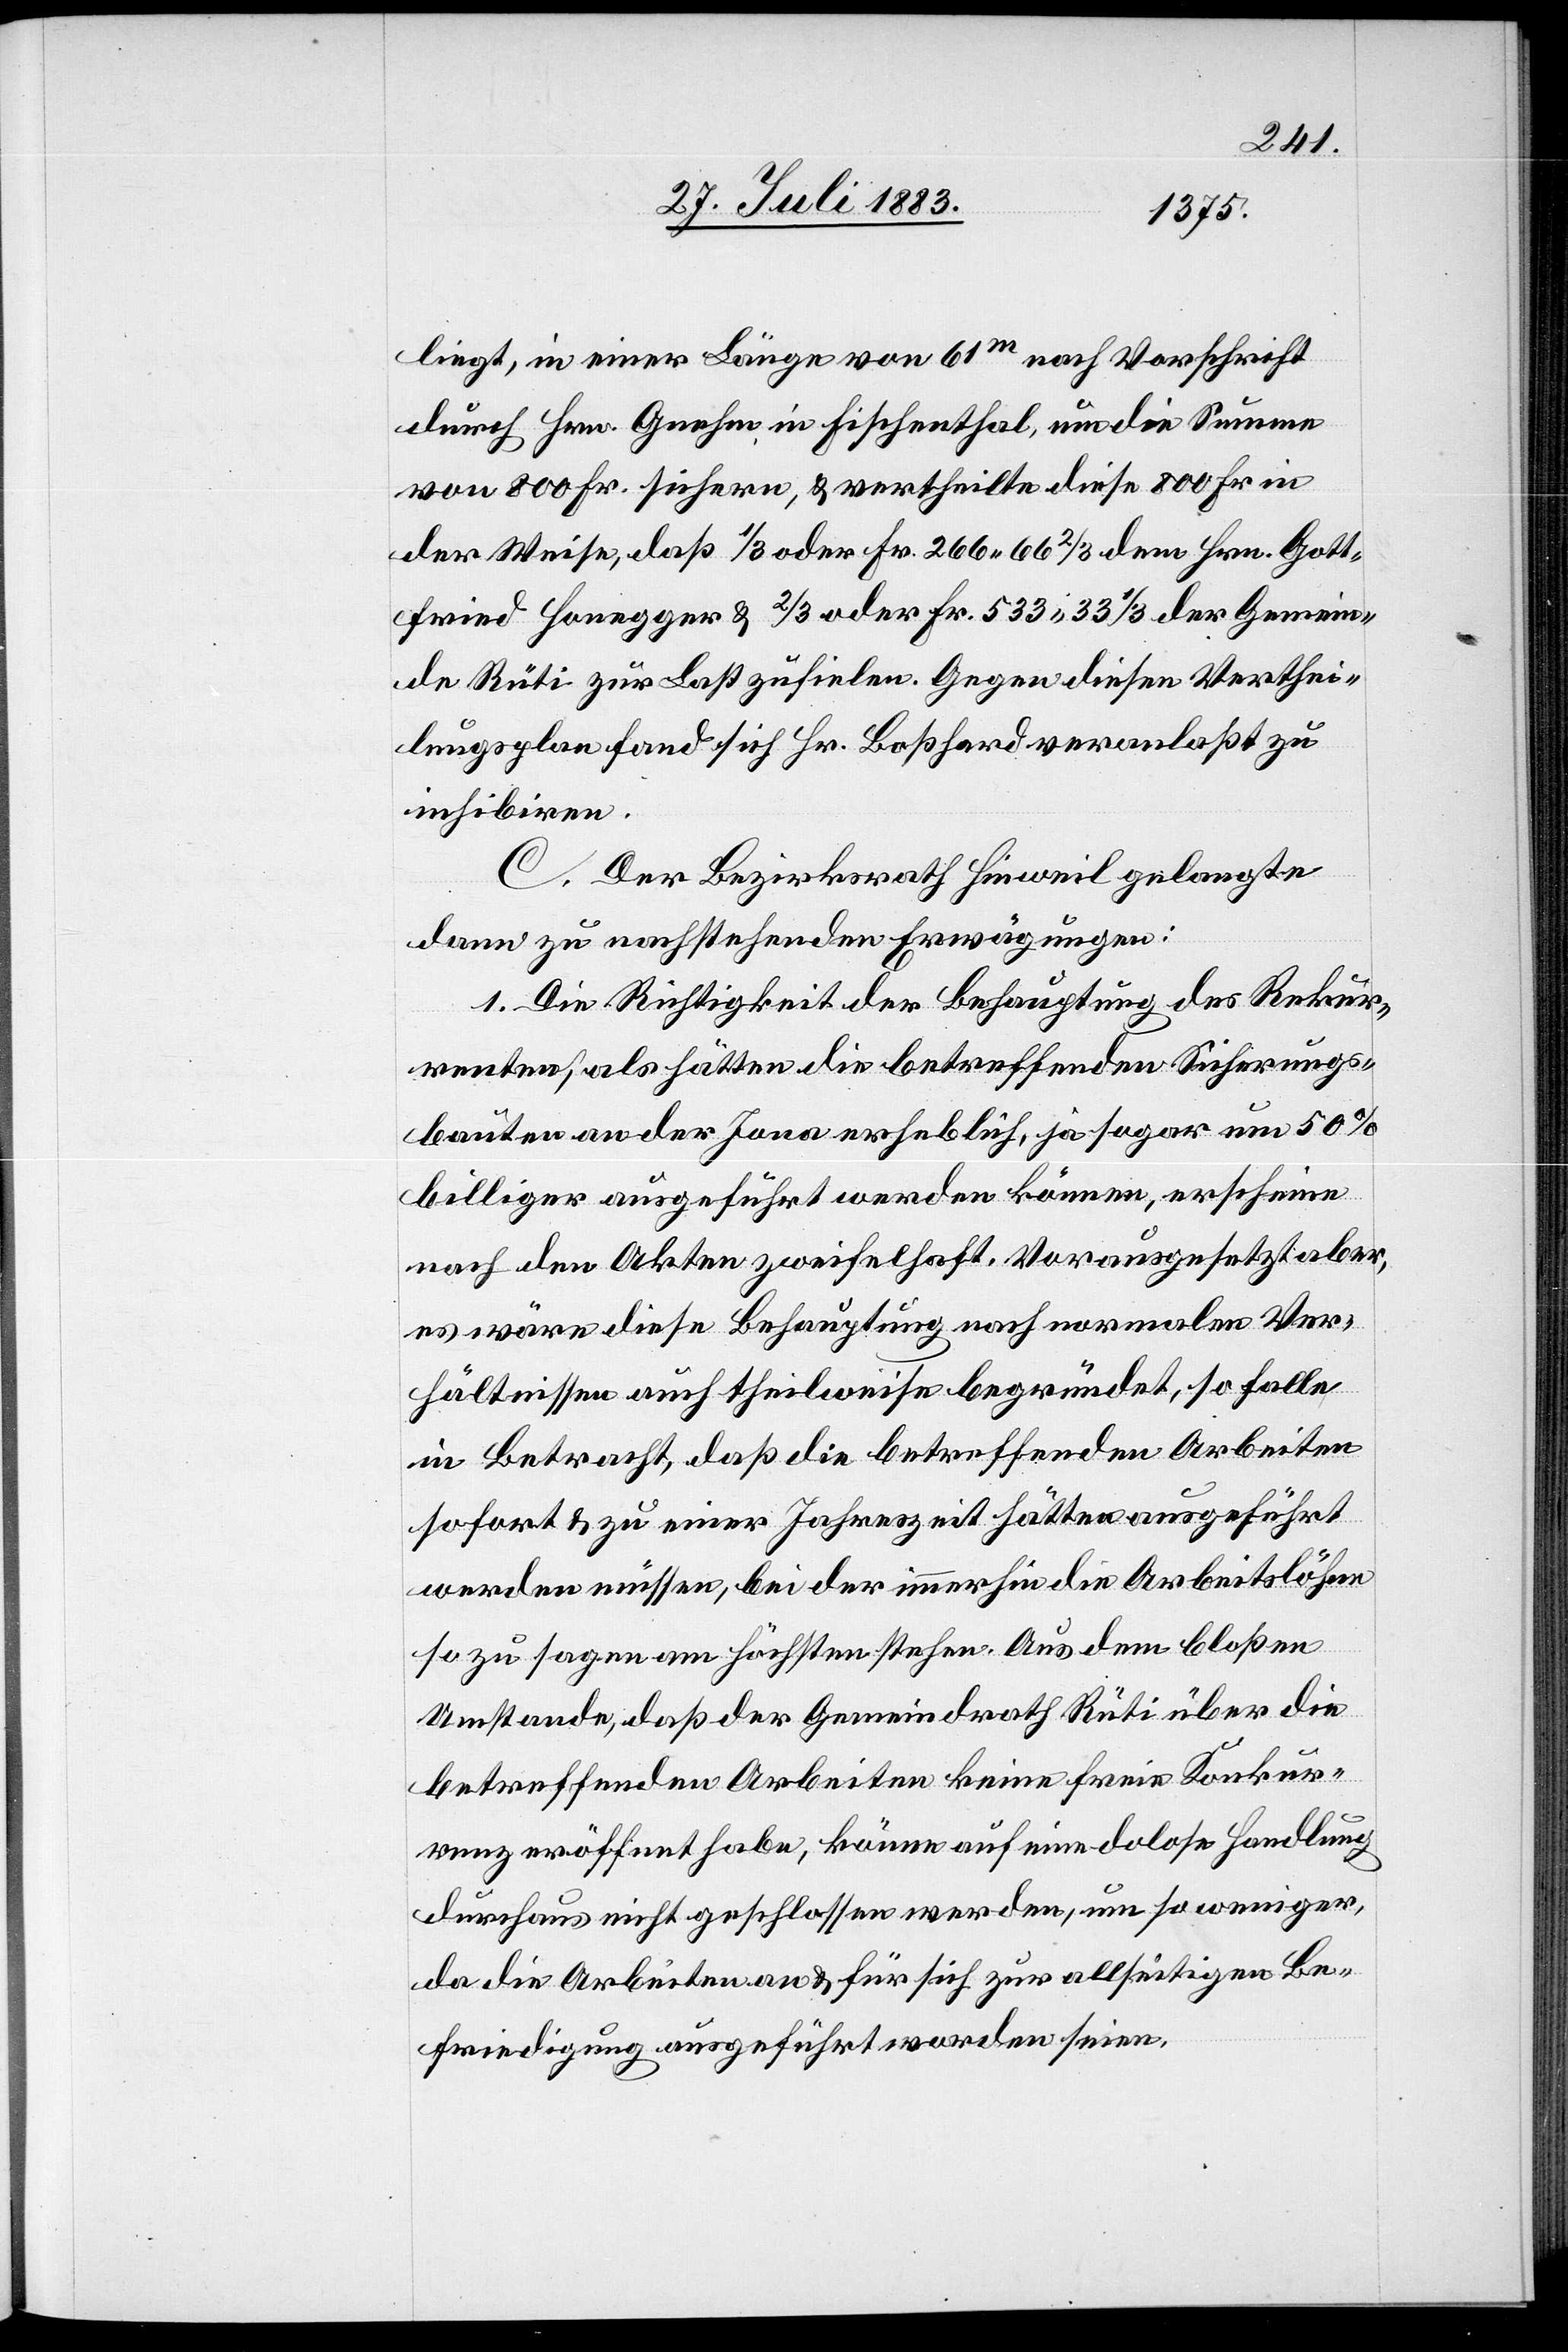
liegt, in einer Länge von 61m nach Vorschrift
durch Hrn. Gnehm, in Fischenthal, um die Summe
von 800 Fr. sichern, & vertheilte diese 800 Fr. in
der Weise, daß 1/3 oder Fr. 266 66 2/3 dem Hrn. Gott¬
fried Honegger & 2/3 oder Fr. 533 33 1/3 der Gemein¬
de Rüti zur Last zufielen. Gegen diesen Verthei¬
lungsplan fand sich Hr. Boßhard [sic!] veranlaßt zu
inhibiren.
C. Der Bezirksrath Hinweil gelangte
dann zu nachstehenden Erwägungen:
1. Die Richtigkeit der Behauptung des Rekur¬
renten, als hätten die betreffenden Sicherungs¬
bauten an der Jona erheblich, ja sogar mit 50%
billiger ausgeführt werden können, erscheine
nach den Akten zweifelhaft. Vorausgesetzt aber,
es wäre diese Behauptung nach normalen Ver¬
hältnissen auch theilweise begründet, so falle
in Betracht, daß die betreffenden Arbeiten
sofort & zu einer Jahreszeit hätten ausgeführt
werden müssen, bei der immerhin die Arbeitslöhne
so zu sagen am höchsten stehen. Aus dem bloßen
Umstande, daß der Gemeindrath Rüti über die
betreffenden Arbeiten keine freie Konkur¬
renz eröffnet habe, könne auf eine dolose Handlung
durchaus nicht geschlossen werden, um so weniger,
da die Arbeiten an & für sich zur allseitigen Be¬
friedigung ausgeführt worden sind.